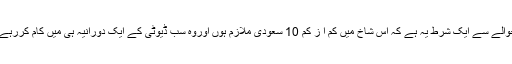
اس حوالے سے ایک شرط یہ ہے کہ اس شاخ میں کم ا ز کم 10 سعودی ملازم ہوں اوروہ سب ڈیوٹی کے ایک دورانیہ ہی میں کام کررہے ہوں۔